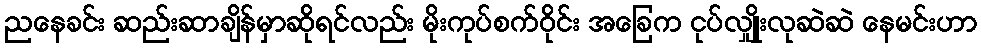
ညနေခင်း ဆည်းဆာချိန်မှာဆိုရင်လည်း မိုးကုပ်စက်ဝိုင်း အခြေက ငုပ်လျှိုးလုဆဲဆဲ နေမင်းဟာ